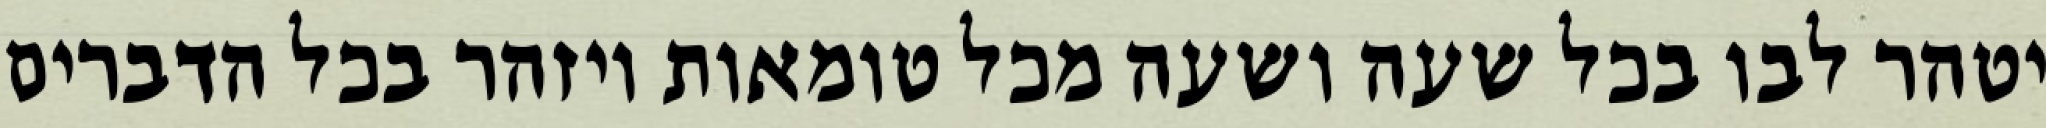
יטהר לבו בכל שעה ושעה מכל טומאות ויזהר בכל הדברים